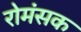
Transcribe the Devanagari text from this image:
रोमंसक